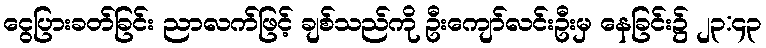
ငွေပြားခတ်ခြင်း ညာလက်ဖြင့် ချစ်သည်ကို ဦးကျော်လင်းဦးမှ နေခြင်း၌ ၂၃:၄၃